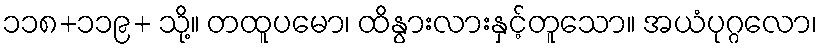
၁၁၈+၁၁၉+ သို့။ တထူပမော၊ ထိနွားလားနှင့်တူသော။ အယံပုဂ္ဂလော၊